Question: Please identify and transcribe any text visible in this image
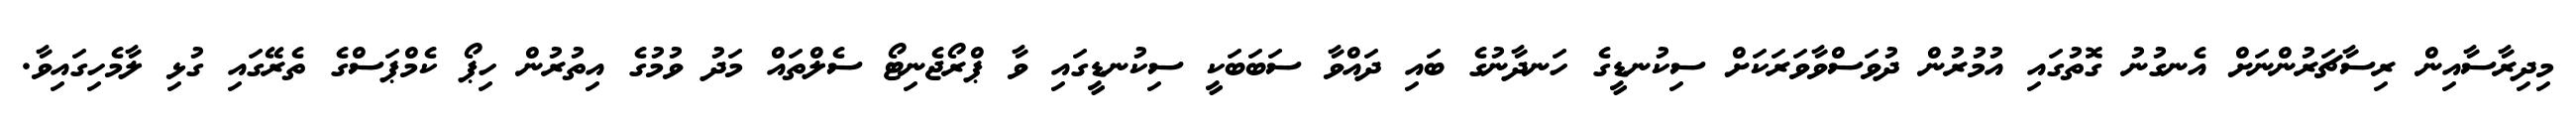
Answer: މިދިރާސާއިން ރިސާޗަރުންނަށް އެނގުނު ގޮތުގައި އުމުރުން ދުވަސްވާވަރަކަށް ސިކުނޑީގެ ހަނދާނުގެ ބައި ދައްވާ ސަބަބަކީ ސިކުނޑީގައި ވާ ޕްރޯޖެނިޓޯ ސެލްތައް މަދު ވުމުގެ އިތުރުން ހިޕޯ ކެމްޕަސްގެ ތެރޭގައި ގުޅި ލާމެހިގައިވާ.